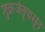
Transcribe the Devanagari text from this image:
शुक्रजंतूपासून